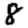
Digit: 8